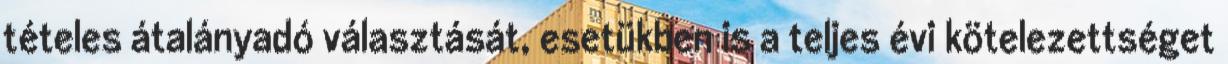
tételes átalányadó választását, esetükben is a teljes évi kötelezettséget